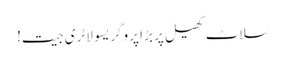
سلاٹ کھیل پر بڑا پروگریسو لاٹری جیت!